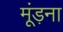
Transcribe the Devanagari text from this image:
मूंड़ना